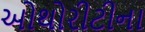
ઓથોરીટીના